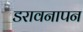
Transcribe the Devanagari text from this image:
डरावनापन